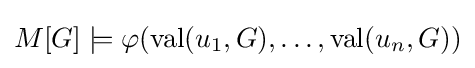
M[G]\models \varphi (\operatorname {val} (u_{1},G),\ldots ,\operatorname {val} (u_{n},G))